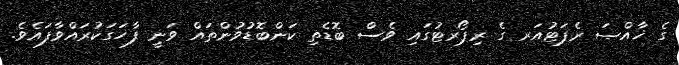
ގެ ޚާއްޞަ ރެޕަޓުއަރ ގެ ރިޕޯރޓުގައި ވެސް ބޮޑެތި ކަންބޮޑުވުންތައް ވަނީ ފާހަގަކުރައްވާފައެވެ.